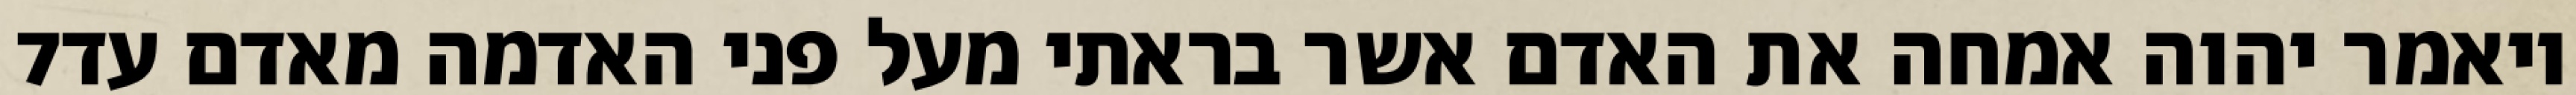
‎7‏ ויאמר יהוה אמחה את האדם אשר בראתי מעל פני האדמה מאדם עד